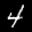
Label: 4